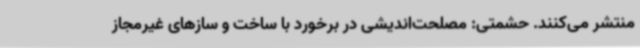
منتشر می‌کنند. حشمتی: مصلحت‌اندیشی در برخورد با ساخت‌ و سازهای غیرمجاز